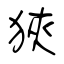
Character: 狹